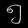
Digit: ၅